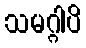
သမဂ္ဂါပိ